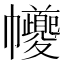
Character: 𢆃